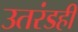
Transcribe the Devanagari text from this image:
उतरंडही